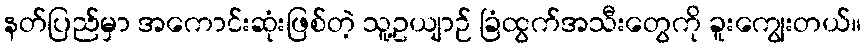
နတ်ပြည်မှာ အကောင်းဆုံးဖြစ်တဲ့ သူ့ဥယျာဉ် ခြံထွက်အသီးတွေကို ခူးကျွေးတယ်။